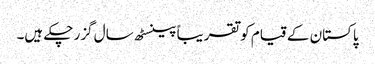
پاکستان کے قیام کو تقریباً پینسٹھ سال گزر چکے ہیں۔